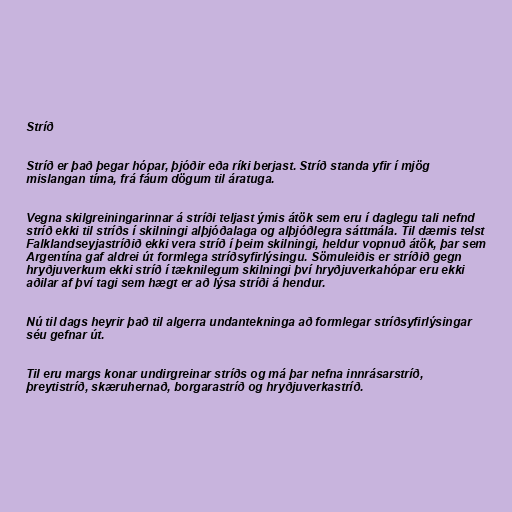
Stríð

Stríð er það þegar hópar, þjóðir eða ríki berjast. Stríð standa yfir í mjög
mislangan tíma, frá fáum dögum til áratuga.

Vegna skilgreiningarinnar á stríði teljast ýmis átök sem eru í daglegu tali nefnd
stríð ekki til stríðs í skilningi alþjóðalaga og alþjóðlegra sáttmála. Til dæmis telst
Falklandseyjastríðið ekki vera stríð í þeim skilningi, heldur vopnuð átök, þar sem
Argentína gaf aldrei út formlega stríðsyfirlýsingu. Sömuleiðis er stríðið gegn
hryðjuverkum ekki stríð í tæknilegum skilningi því hryðjuverkahópar eru ekki
aðilar af því tagi sem hægt er að lýsa stríði á hendur.

Nú til dags heyrir það til algerra undantekninga að formlegar stríðsyfirlýsingar
séu gefnar út.

Til eru margs konar undirgreinar stríðs og má þar nefna innrásarstríð,
þreytistríð, skæruhernað, borgarastríð og hryðjuverkastríð.